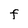
Character: F